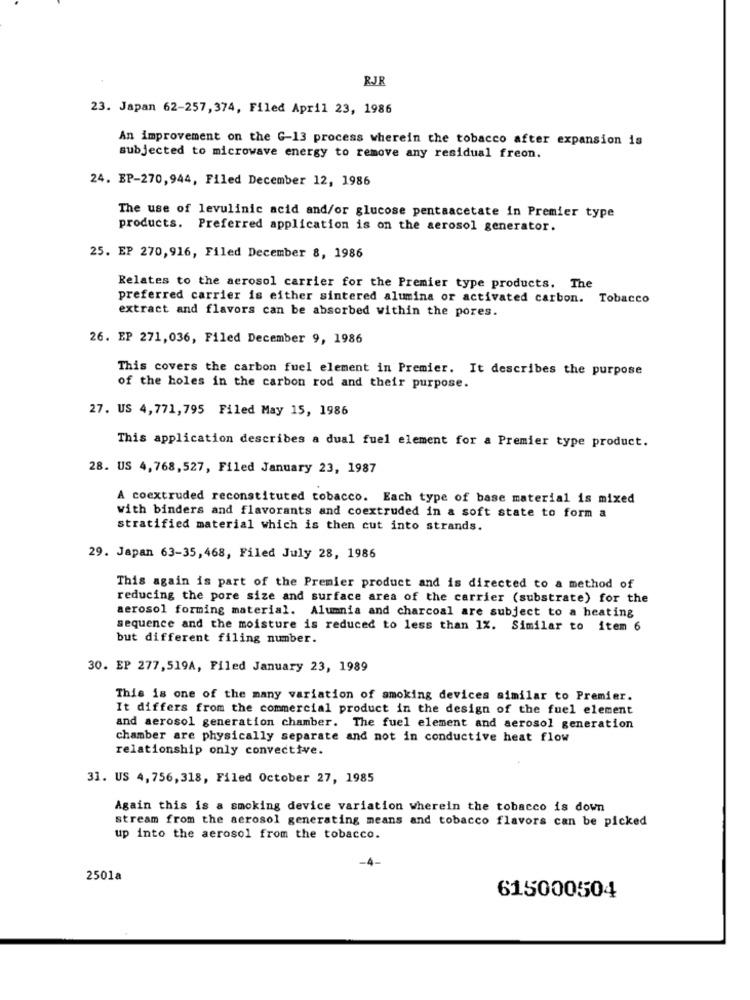
RJR
23. Japan 62-257,374, Filed April 23, 1986
An improvement on the G-13 process wherein the tobacco after expansion is
subjected to microwave energy to remove any residual freon.
24. EP-270,944, Filed December 12, 1986
The use of levulinic acid and/or glucose pentaacetate in Premier type
products. Preferred application is on the aerosol generator.
25. EP 270,916, Filed December 8, 1986
Relates to the aerosol carrier for the Premier type products. The
preferred carrier is either sintered alumina or activated carbon. Tobacco
extract and flavors can be absorbed within the pores.
26. EP 271,036, Filed December 9, 1986
This covers the carbon fuel element in Premier. It describes the purpose
of the holes in the carbon rod and their purpose.
27. US 4,771,795 Filed May 15, 1986
This application describes a dual fuel element for a Premier type product.
28. US 4,768,527, Filed January 23, 1987
A coextruded reconstituted tobacco. Each type of base material is mixed
with binders and flavorants and coextruded in a soft state to form a
stratified material which is then cut into strands.
29. Japan 63-35,468, Filed July 28, 1986
This again is part of the Premier product and is directed to a method of
reducing the pore size and surface area of the carrier (substrate) for the
aerosol forming material. Alumnia and charcoal are subject to a heating
sequence and the moisture is reduced to less than 1%. Similar to item 6
but different filing number.
30. EP 277,519A, Filed January 23, 1989
This is one of the many variation of smoking devices similar to Premier.
It differs from the commercial product in the design of the fuel element
and aerosol generation chamber. The fuel element and aerosol generation
chamber are physically separate and not in conductive heat flow
relationship only convective.
31. US 4,756,318, Filed October 27, 1985
Again this is a smoking device variation wherein the tobacco is down
stream from the aerosol generating means and tobacco flavors can be picked
up into the aerosol from the tobacco.
2501a
615000504